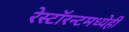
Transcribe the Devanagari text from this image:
रेस्टॉरन्टमध्येही